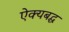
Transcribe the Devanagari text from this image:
ऐक्यबद्ध